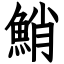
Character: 鮹